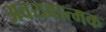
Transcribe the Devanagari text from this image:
अवयवात्मक